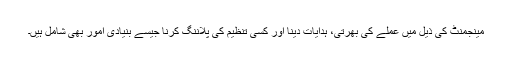
مینجمنٹ کی ذیل میں عملے کی بھرتی، ہدایات دینا اور کسی تنظیم کی پلاننگ کرنا جیسے بنیادی امور بھی شامل ہیں۔